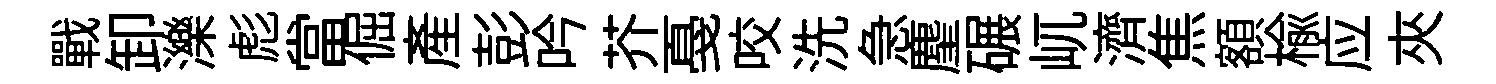
戰卸濼彪當倔産彭吟芥戞咬洗急麈碾屼濟焦額楡应夾